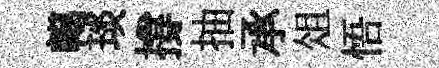
轕琰撐抽承俎悟